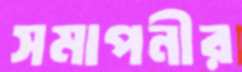
সমাপনীর